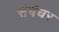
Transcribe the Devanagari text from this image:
संबंधर